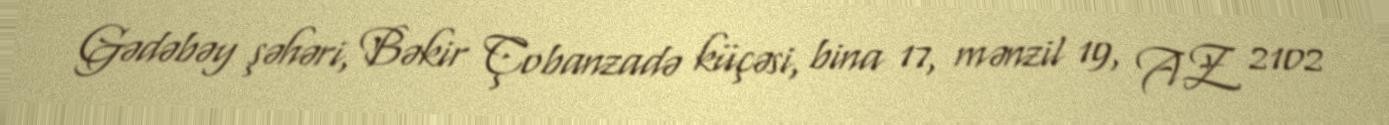
Gədəbəy şəhəri, Bəkir Çobanzadə küçəsi, bina 17, mənzil 19, AZ 2102